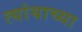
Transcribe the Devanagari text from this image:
त्यांयाच्या